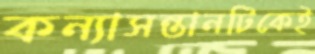
কন্যাসন্তানটিকেই